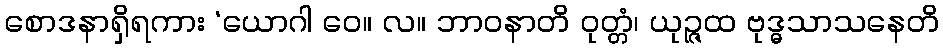
စောဒနာရှိရကား ‘ယောဂါ ဝေ။ လ။ ဘာဝနာတိ ဝုတ္တံ၊ ယုဉ္ဇထ ဗုဒ္ဓသာသနေတိ